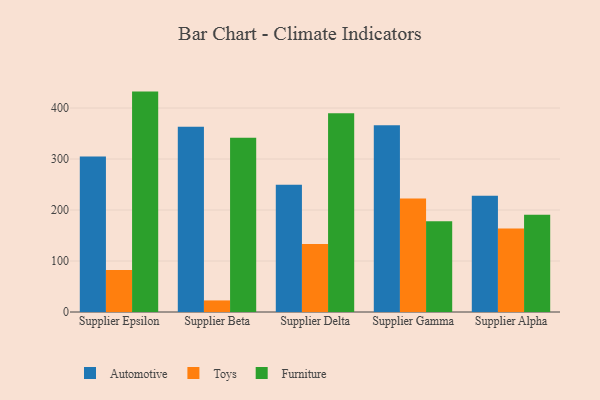
{"axis": {"x": "Supplier", "y": "Waste Production (Tons)"}, "legend": ["Automotive", "Furniture", "Toys"], "data": [{"x": "Supplier Epsilon", "y": 305.1, "type": "Automotive"}, {"x": "Supplier Epsilon", "y": 82.6, "type": "Toys"}, {"x": "Supplier Epsilon", "y": 432.2, "type": "Furniture"}, {"x": "Supplier Beta", "y": 363.3, "type": "Automotive"}, {"x": "Supplier Beta", "y": 22.7, "type": "Toys"}, {"x": "Supplier Beta", "y": 341.7, "type": "Furniture"}, {"x": "Supplier Delta", "y": 249.4, "type": "Automotive"}, {"x": "Supplier Delta", "y": 133.5, "type": "Toys"}, {"x": "Supplier Delta", "y": 389.6, "type": "Furniture"}, {"x": "Supplier Gamma", "y": 366.3, "type": "Automotive"}, {"x": "Supplier Gamma", "y": 222.5, "type": "Toys"}, {"x": "Supplier Gamma", "y": 178.0, "type": "Furniture"}, {"x": "Supplier Alpha", "y": 228.0, "type": "Automotive"}, {"x": "Supplier Alpha", "y": 163.5, "type": "Toys"}, {"x": "Supplier Alpha", "y": 190.6, "type": "Furniture"}]}